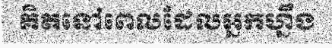
គិតនៅពេលដែលអ្នកហ្នឹង